Indian journal of veterinary science and animal husbandry - Volume 2,
Year: 1932
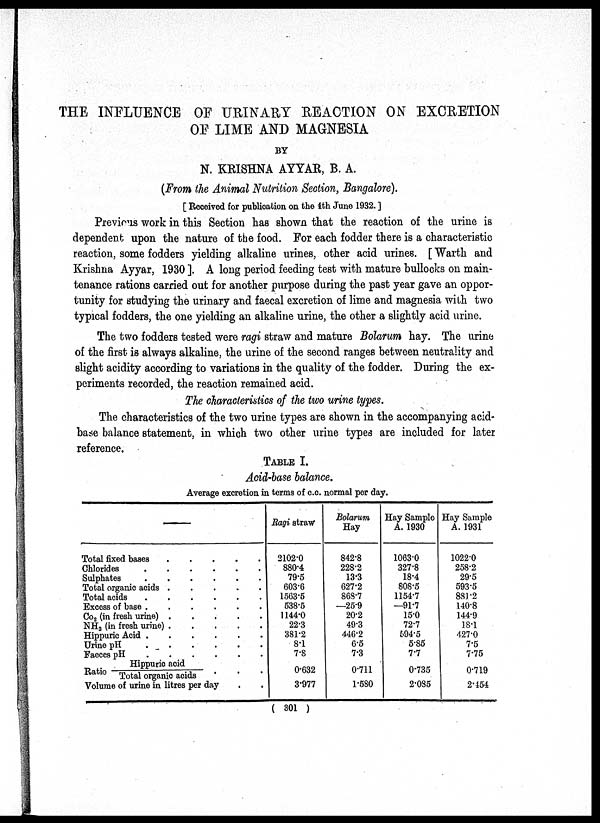
THE INFLUENCE OF URINARY REACTION ON EXCRETION
OF LIME AND MAGNESIA
BY
N. KRISHNA AYYAR, B. A.
(From the Animal Nutrition Section, Bangalore).
[ Received for publication on the 4th June 1932. ]
Previous work in this Section has shown that the reaction of the urine is
dependent upon the nature of the food. For each fodder there is a characteristic
reaction, some fodders yielding alkaline urines, other acid urines. [ Warth and
Krishna Ayyar, 1930 ]. A long period feeding test with mature bullocks on main-
tenance rations carried out for another purpose during the past year gave an oppor-
tunity for studying the urinary and faecal excretion of lime and magnesia with two
typical fodders, the one yielding an alkaline urine, the other a slightly acid urine.
The two fodders tested were ragi straw and mature Bolarum hay. The urine
of the first is always alkaline, the urine of the second ranges between neutrality and
slight acidity according to variations in the quality of the fodder. During the ex-
periments recorded, the reaction remained acid.
The characteristics of the two urine types.
The characteristics of the two urine types are shown in the accompanying acid-
base balance statement, in which two other urine types are included for later
reference.
TABLE I.
Acid-base balance.
Average excretion in terms of c.c. normal per day.
—
Total fixed bases.
.
.
.
.
Chlorides
.
.
.
.
.
.
Sulphates
.
.
.
.
.
.
Total organic acids
.
.
.
.
.
Total acids
.
.
.
.
.
.
Excess of base
.
.
.
.
.
Co 2 (in fresh urine)
.
.
.
.
.
NH 3 (in fresh urine)
.
.
.
.
.
Hippuric Acid
.
.
.
.
.
.
Urine pH
.
.
.
.
.
.
Faeces pH
.
.
.
.
.
.
Ratio
Hippuric acid/
Total organic acids . . .
Volume of urine in litres per day
.
.
Ragi straw
2102.0
880.4
79.5
603.6
1563.5
538.5
1144.0
22.3
381.2
8.1
7.8
0.632
3.977
Bolarum
Hay
842.8
228.2
13.3
627.2
868.7
—25.9
20.2
49.3
446.2
6.5
7.3
0.711
1.580
Hay Sample
A. 1930
1063.0
327.8
18.4
808.5
1154.7
—91.7
15.0
72.7
594.5
5.85
7.7
0.735
2.085
Hay Sample
A. 1931
1022.0
258.2
29.5
593.5
881.2
140.8
144.9
18.1
427.0
7.5
7.75
0.719
2.454
( 301 )